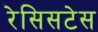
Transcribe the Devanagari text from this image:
रेसिसटेस